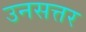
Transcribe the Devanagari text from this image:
उनसत्तर